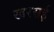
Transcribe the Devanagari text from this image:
खरसई